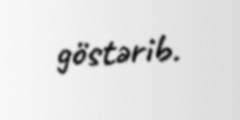
göstərib.